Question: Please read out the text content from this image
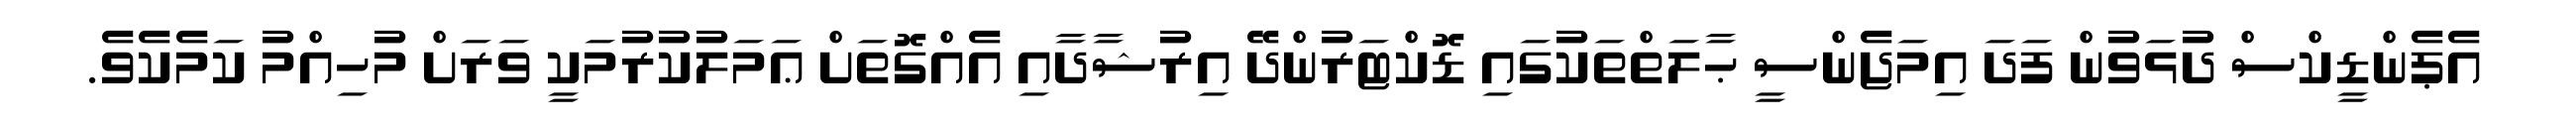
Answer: އެޕެންޑީކްސް ދުޅަވުން ފަދަ އިމަޖެންސީ ޙާލަތްތަކުގައި ޑޮކްޓަރުންދޭ އިރުޝާދާއި އެއްގޮތަށް ޢަމަލުކުރުމަކީ ވަރަށް މުހިއްމު ކަމެކެވެ.